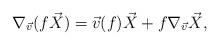
LaTeX: \begin{align*}\nabla_{\vec{v}}( f \vec{X}) = \vec{v}(f) \vec{X} + f \nabla_{\vec{v}} \vec{X},\end{align*}